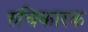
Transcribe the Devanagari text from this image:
रुचिकारक